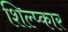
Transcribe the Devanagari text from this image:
शिल्प्कार